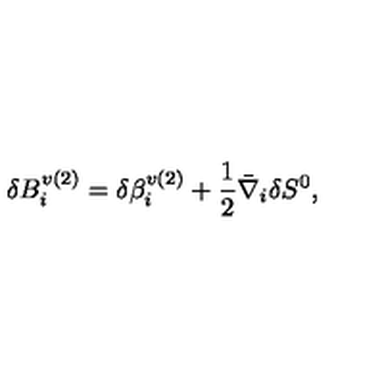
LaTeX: \delta B _ { i } ^ { v ( 2 ) } = \delta \beta _ { i } ^ { v ( 2 ) } + \frac { 1 } { 2 } \bar { \nabla } _ { i } \delta S ^ { 0 } ,